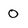
Character: O